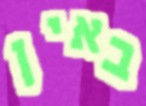
באין